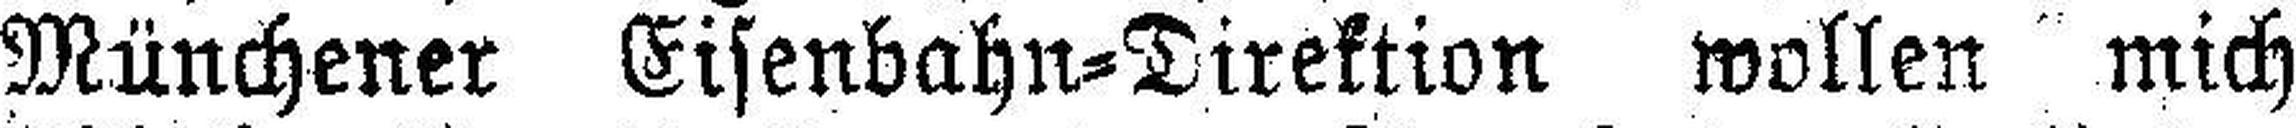
Münchener Eisenbahn=Direktion wollen mich